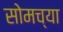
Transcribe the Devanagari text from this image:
सोमच्या